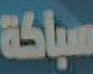
سباكة